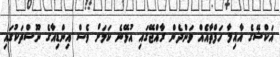
އަކްޝޭގެ އާއިލާ ހަފްތާއެއް ވަންދެން ރާއްޖޭގައި އުޅޭނެ ކަމަށް ވެސް އިންޑިއާގެ ނޫސްތަކުގައި